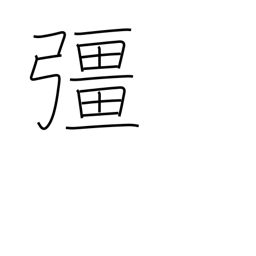
Meaning: strong